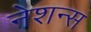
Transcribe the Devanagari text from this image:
नेशन्‍स